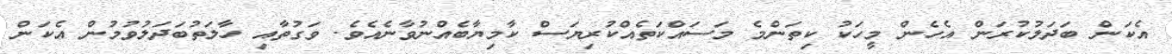
އެކަން ބަދަލުކުރަން އެހެން މީހަކު ކިތަންމެ މަސައްކަތެއްކުރިޔަސް ކާމިޔާބެއްނުވާނެއެވެ. ވަގުތާއި ހާލަތުބަދަލުވުމުން އެކަން